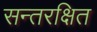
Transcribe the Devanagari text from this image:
सन्तरक्षित